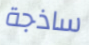
ساذجة